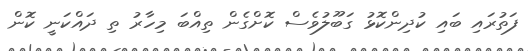
ފަތުރައި ބައި ކުދިންކޮޅު ގަބޫލުވެސް ކޮށްގެން ތިއްބަ މިހާރު ތި ދައްކަނީ ކޮން